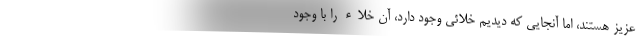
عزیز هستند، اما آنجایی که دیدیم خلائی وجود دارد، آن خلاء را با وجود